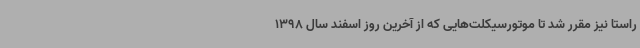
راستا نیز مقرر شد تا موتورسیکلت‌هایی که از آخرین روز اسفند سال 1398